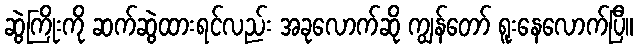
ဆွဲကြိုးကို ဆက်ဆွဲထားရင်လည်း အခုလောက်ဆို ကျွန်တော် ရူးနေလောက်ပြီ။